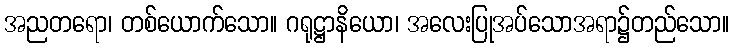
အညတရော၊ တစ်ယောက်သော။ ဂရုဋ္ဌာနိယော၊ အလေးပြုအပ်သောအရာ၌တည်သော။